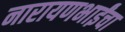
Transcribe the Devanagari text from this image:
नारायणभाईंचा